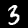
Digit: 3